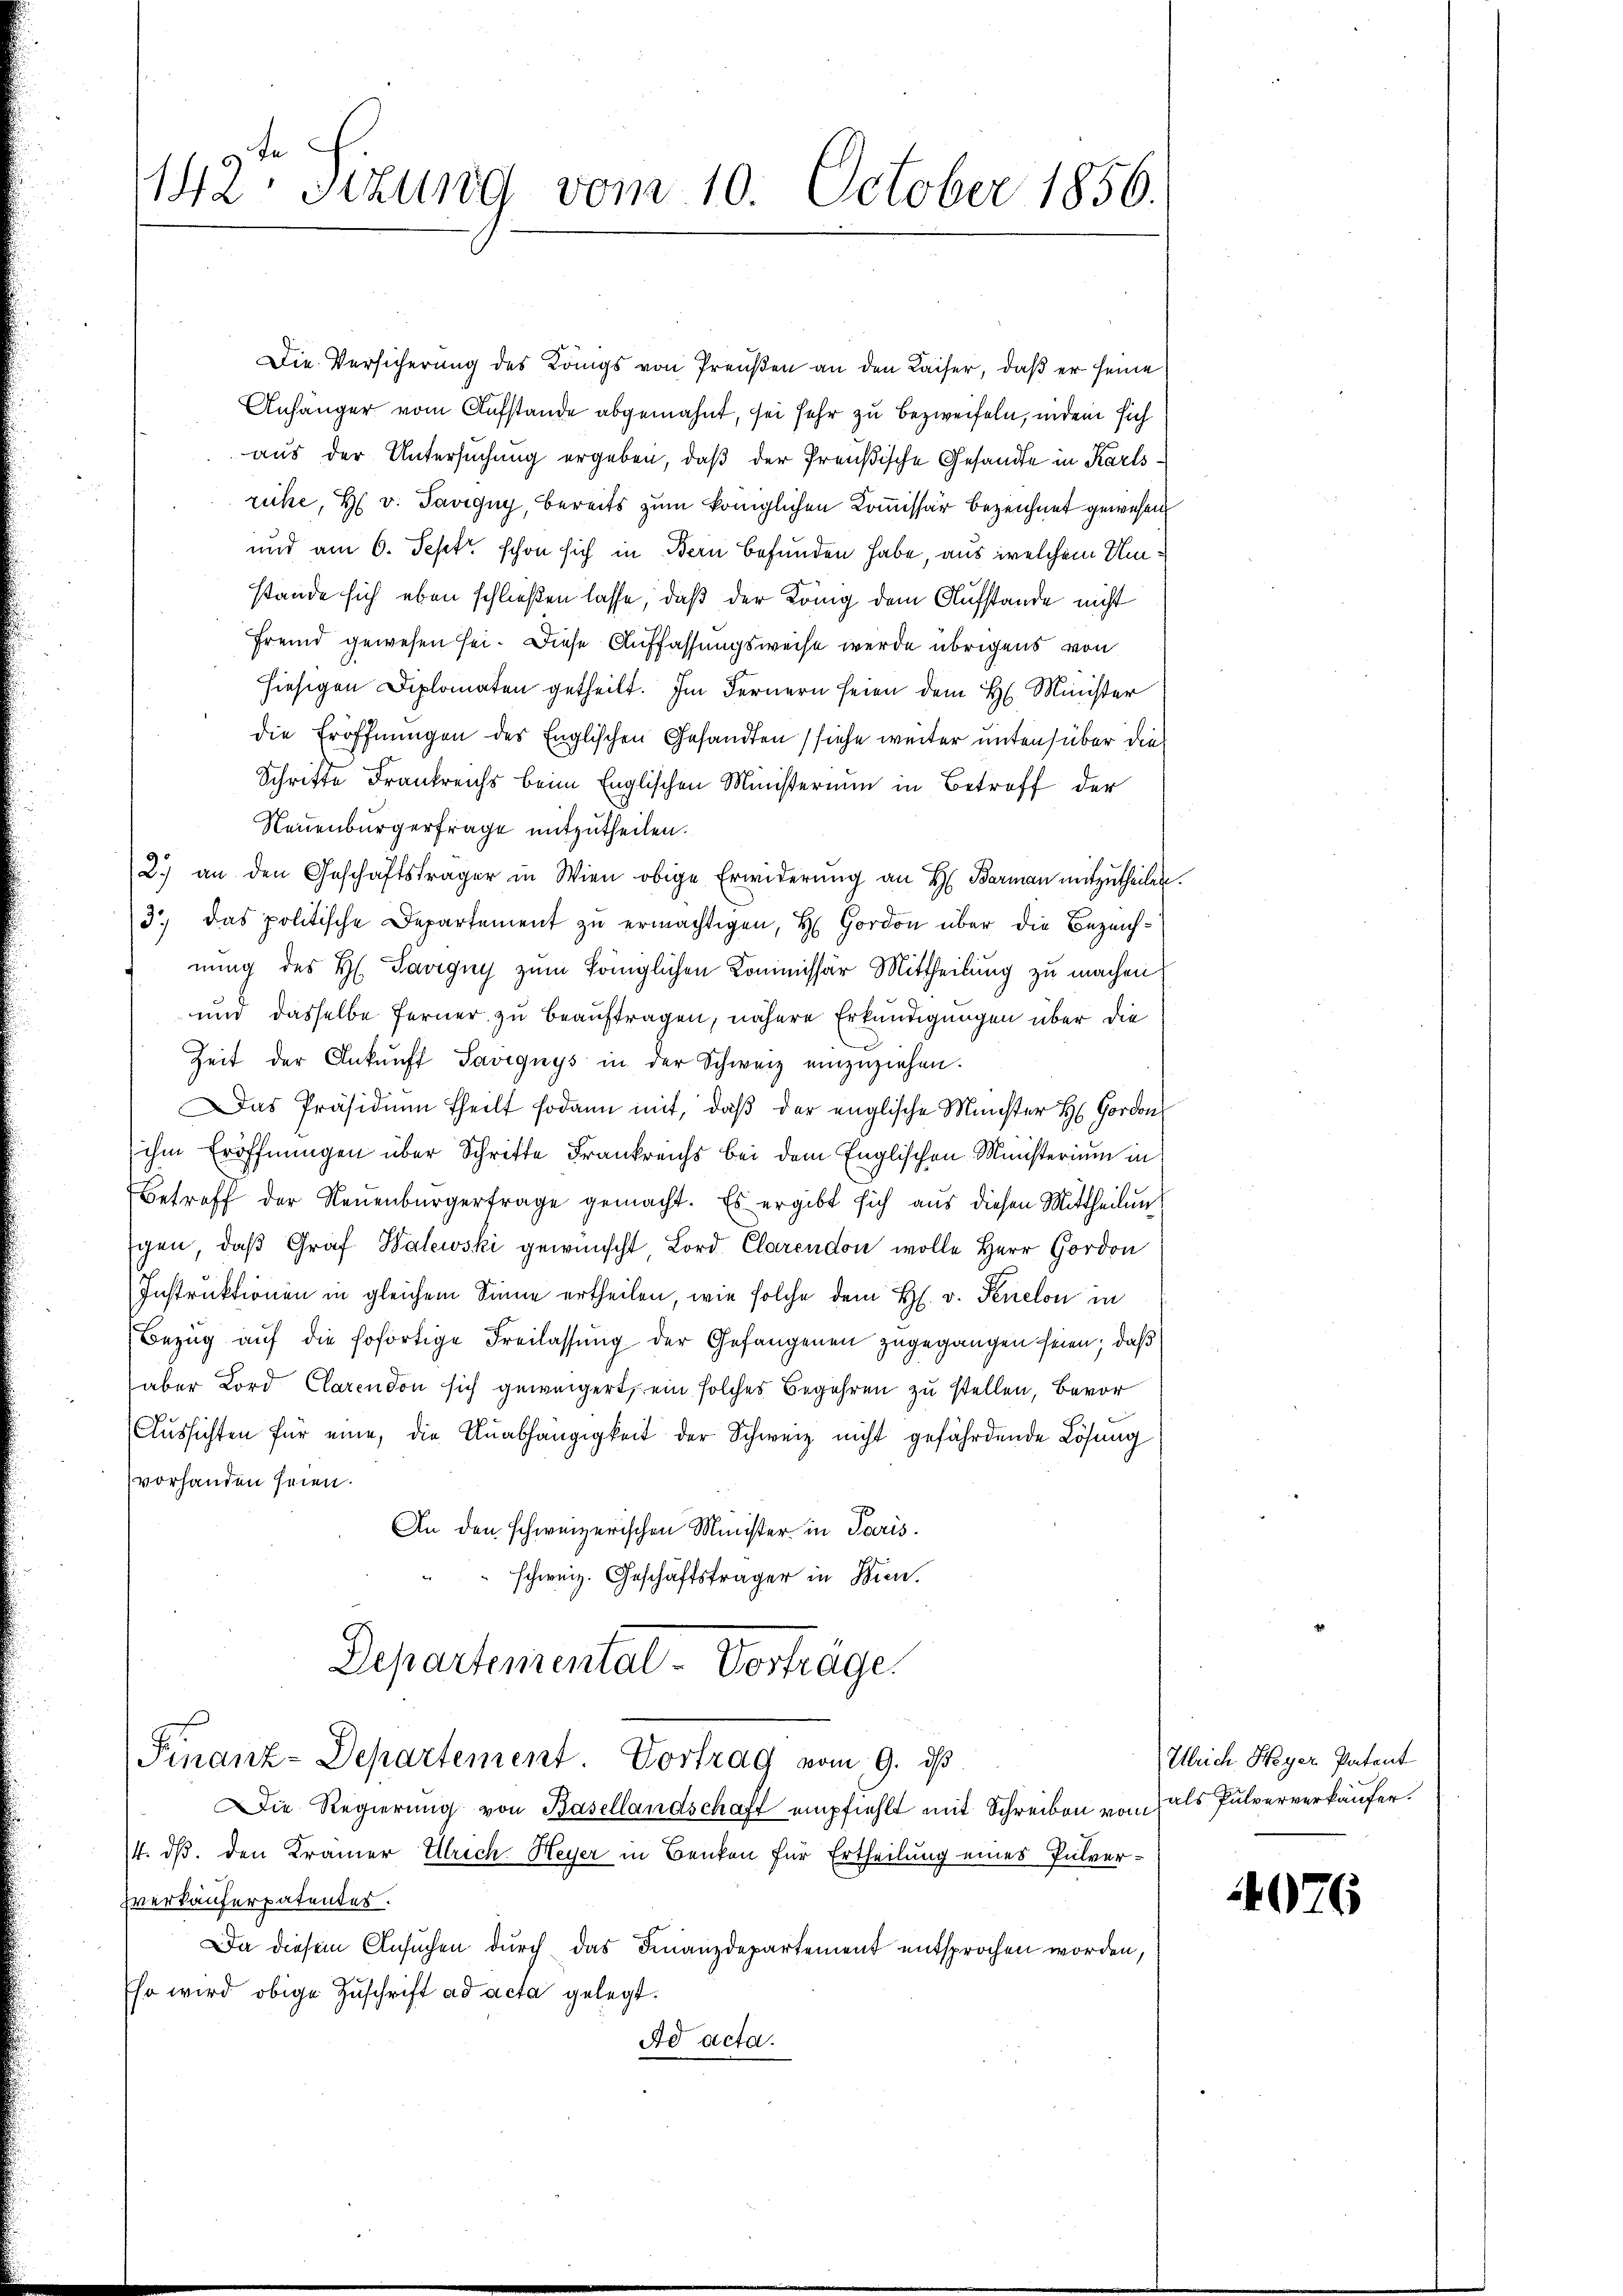
142te Sitzung vom 10. October 1856.

Die Versicherung des Langs von Preußen an den Kaiser, daß er seine
Anhänger vom Aufstande abgemahnt, sei sehr zu bezweifeln, indem sich
aus der Untersuchung ergeben, daß der Preußische Gesandte in Karlsrüche, H. v. Savigny, bereits zum königlichen Kommissär bezeichnet gewesen
und am 6. Sept. schon sich in Bern befunden habe, aus welchem Umstande sich eben schließen lasse, daß der König dem Aufstande nicht
Fremd gewesen sei. Diese Auffassungsweise werde übrigens von
hiesigen Diplomaten getheilt. Im Fernern seien dem H. Minister
die Eröffnungen des Englischen Gesandten (siehe weiter untensüber die
Schrifte Frankreichs beim Englischen Ministerium in Betreff der
Neuenburgerfrage mitzutheilen.
2.) an den Geschäftsträger in Wien obige Erwiderung an H. Barman mitzutheilen.
3) das politische Departement zu ermächtigen, H. Hordon über die Bezeichnung des H. Savigny zum Königlichen Kommissär Mittheilung zu machen.
und dasselbe ferner zu beauftragen, nähere Erkundigungen über die
Zeit der Ankunft Savignys in der Schweiz einzŭziehen.
Das Präsidium theilt sodann mit, daß der englische Münster H: Gordon
ihm Eröffnungen über Schritte Frankreichs bei dem Englischen Ministerium in
Betreff der Neuenburgertrage gemacht. Es ergibt sich aus diesen Mittheilung
gen, daß Graf Halewski gewünscht Lord Clarendon wolle Herr Hor
Instruktionen in gleichem Sinne ertheilen, wie solche dem H. v. Fenelon in
Bezŭg aŭf die sofortige Freilassung der Gefangenen zugegangen seien; daß
aber Lord Clarendon sich geweigert, ein solches Begehren zu stellen, bevor
Aussichten für eine, die Anabhängigkeit der Schweiz nicht gefährdende Lösung
vorhanden seien.
An den schweizerischen Minister in Paris.
schweiz. Geschäftsträger in Bien.
Departemental-Vorträge.
Finanz-Departement. Vortrag vom 9. ds
Die Regierung von Basellandschaft empfiehlt mit Schreiben von als Pulververkäufer.
/4. ds. den Kramer Ulrich Heyer in Benken für Ertheilung eines Pulverzverkauferpatentes.
Da diesem Ansuchen durch das Finanzdepartement entsprochen worden,
Ehr wird obige Zuschrift ad acta gelegt.
Ad acta.

Ulrich Heyer Patent

4076